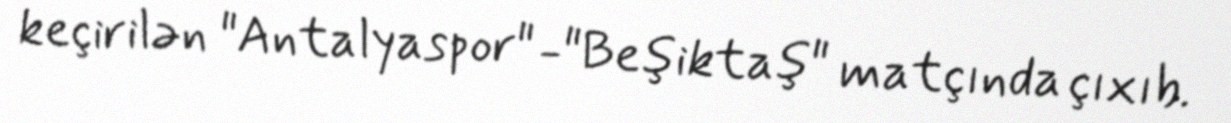
keçirilən "Antalyaspor" -"Beşiktaş" matçında çıxıb.